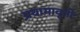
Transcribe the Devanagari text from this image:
प्रथामावृती